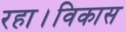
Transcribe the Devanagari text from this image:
रहा।विकास